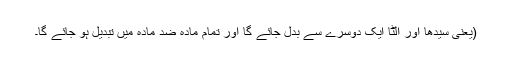
(یعنی سیدھا اور الٹا ایک دوسرے سے بدل جائے گا اور تمام مادّہ ضد مادّہ میں تبدیل ہو جائے گا۔